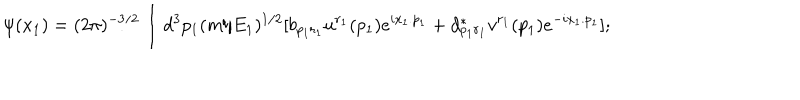
\psi ( x _ { 1 } ) = ( 2 \pi ) ^ { - 3 / 2 } \int d ^ { 3 } p _ { 1 } ( m / E _ { 1 } ) ^ { 1 / 2 } [ b _ { p _ { 1 } r _ { 1 } } u ^ { r _ { 1 } } ( p _ { 1 } ) e ^ { i x _ { 1 } . p _ { 1 } } + d _ { p _ { 1 } r _ { 1 } } ^ { * } v ^ { r _ { 1 } } ( p _ { 1 } ) e ^ { - i x _ { 1 } . p _ { 1 } } ] ;